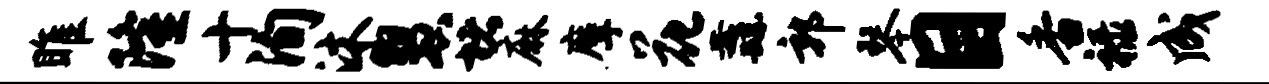
雎隆十洵沐慧堵麻摩花纛郭琴目香禄成